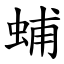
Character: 蜅